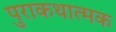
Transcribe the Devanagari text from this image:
पुराकथात्मक